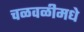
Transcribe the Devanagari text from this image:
चळवळीमधे